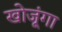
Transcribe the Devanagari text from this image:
खोजूंगा